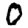
Digit: 0